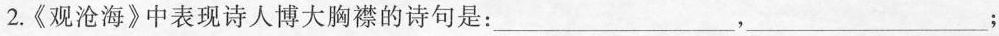
2.《观沧海》中表现诗人博大胸襟的诗句是： ___，___；